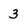
Character: 3